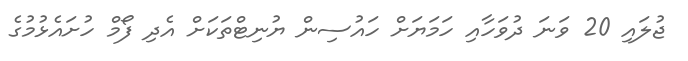
ޖުލައި 20 ވަނަ ދުވަހާއި ހަމަޔަށް ހައުސިން ޔުނިޓްތަކަށް އެދި ފޯމް ހުށައެޅުމުގެ